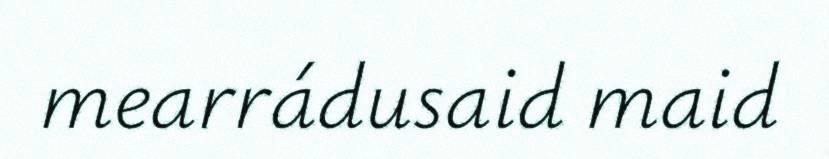
mearrádusaid maid